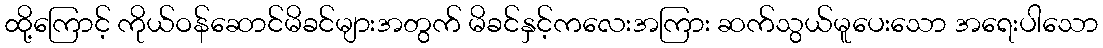
ထို့ကြောင့် ကိုယ်ဝန်ဆောင်မိခင်များအတွက် မိခင်နှင့်ကလေးအကြား ဆက်သွယ်မူပေးသော အရေးပါသော